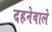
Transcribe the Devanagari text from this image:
दहनेवाले